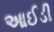
આઈડી